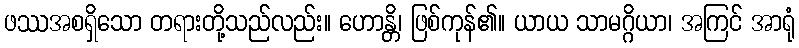
ဖဿအစရှိသော တရားတို့သည်လည်း။ ဟောန္တိ၊ ဖြစ်ကုန်၏။ ယာယ သာမဂ္ဂိယာ၊ အကြင် အာရုံ